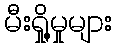
မီးရှို့မှုများ